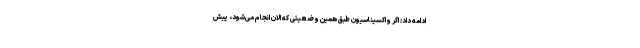
ادامه داد: اگر واکسیناسیون طبق همین وضعیتی که الان انجام می‌شود، پیش